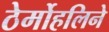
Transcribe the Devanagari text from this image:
ठेर्मोहलिने